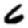
Digit: 6